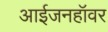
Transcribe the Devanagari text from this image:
आईजनहॉवर